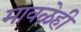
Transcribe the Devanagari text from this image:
मावळेही